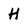
Character: H